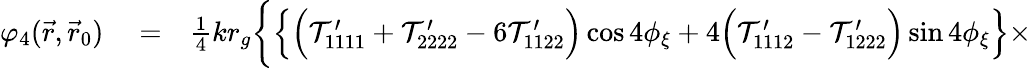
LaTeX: \begin{array}{rlr}{\varphi_{4}(\vec{r},\vec{r}_{0})}&{{}=}&{{\textstyle\frac{1}{4}}kr_{g}\bigg\{ \Big\{ \Big({\cal T}_{1111}^{\prime}+{\cal T}_{2222}^{\prime}-6{\cal T}_{1122}^{\prime}\Big)\cos 4\phi_{\xi}+4\Big({\cal T}_{1112}^{\prime}-{\cal T}_{1222}^{\prime}\Big)\sin 4\phi_{\xi}\Big\} \times}\end{array}